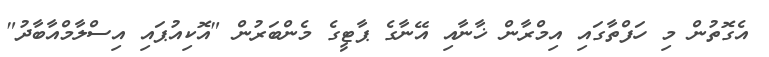
އެގޮތުން މި ހަފްތާގައި އިމްރާން ޚާނާއި އޭނާގެ ޕާޓީގެ މެންބަރުން "އޮކިއުޕައި އިސްލާމްއާބާދު"